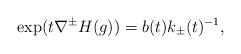
LaTeX: \begin{align*}\exp(t\nabla^\pm H(g))=b(t)k_\pm(t)^{-1},\end{align*}